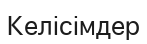
Келісімдер